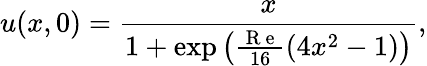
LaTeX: u(x,0)=\frac{x}{1+\exp{\left(\frac{\mathrm{~R~e~}}{16}\left(4x^{2}-1\right)\right)}},